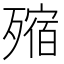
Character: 𣩐